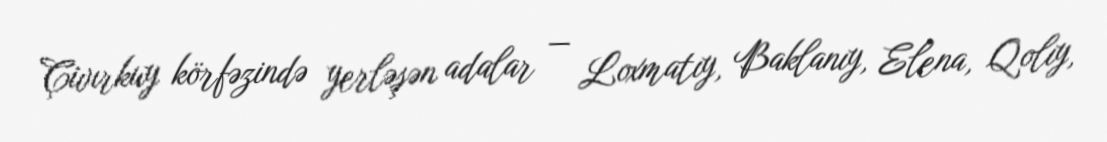
Çivırkuy körfəzində yerləşən adalar — Loxmatıy, Baklanıy, Elena, Qolıy,